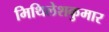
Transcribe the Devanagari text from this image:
मिथिलेशकुमार